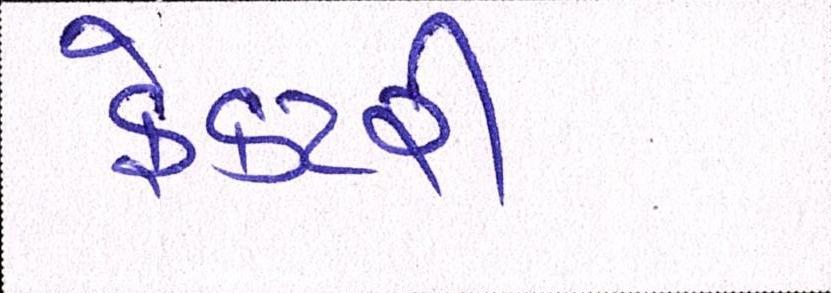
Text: ફેક્ટરી